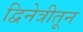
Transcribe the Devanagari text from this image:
द्विनेत्रीतून